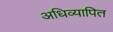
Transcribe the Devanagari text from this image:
अधिव्यापित